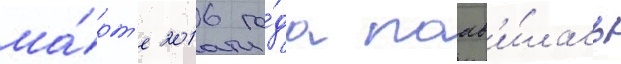
ма́рт'е 2016 го́да поав'и́лась